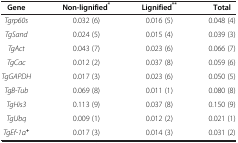
<table><thead><tr><td><b>Gene</b></td><td><b>Non-lignified<sup>*</sup></b></td><td><b>Lignified<sup>**</sup></b></td><td><b>Total</b></td></tr></thead><tbody><tr><td><i>Tgrp60s</i></td><td>0.032 (6)</td><td>0.016 (5)</td><td>0.048 (4)</td></tr><tr><td><i>TgSand</i></td><td>0.024 (5)</td><td>0.015 (4)</td><td>0.039 (3)</td></tr><tr><td><i>TgAct</i></td><td>0.043 (7)</td><td>0.023 (6)</td><td>0.066 (7)</td></tr><tr><td><i>TgCac</i></td><td>0.012 (2)</td><td>0.037 (8)</td><td>0.059 (6)</td></tr><tr><td><i>TgGAPDH</i></td><td>0.017 (3)</td><td>0.023 (6)</td><td>0.050 (5)</td></tr><tr><td><i>TgΒ-Tub</i></td><td>0.069 (8)</td><td>0.011 (1)</td><td>0.080 (8)</td></tr><tr><td><i>TgHis3</i></td><td>0.113 (9)</td><td>0.037 (8)</td><td>0.150 (9)</td></tr><tr><td><i>TgUbq</i></td><td>0.009 (1)</td><td>0.012 (2)</td><td>0.021 (1)</td></tr><tr><td><i>TgEf-1α</i><sup><b><i>+</i></b></sup></td><td>0.017 (3)</td><td>0.014 (3)</td><td>0.031 (2)</td></tr></tbody></table>